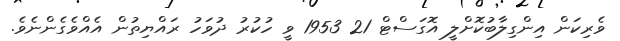
ވެރިކަން އިންގިލާބުކޮށްލީ އޮގަސްޓް 21 1953 ވީ ހުކުރު ދުވަހު ރައްޔިތުން އެއްވެގެންނެވެ.